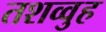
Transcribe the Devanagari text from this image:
तशव्वुह